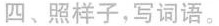
四、照样子，写词语。